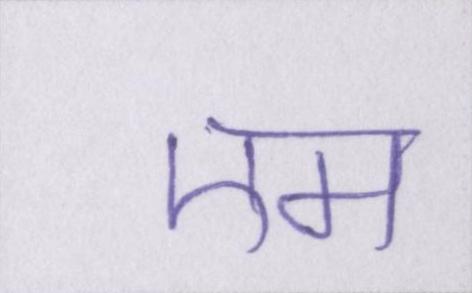
एम